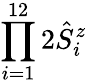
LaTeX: \prod_{i=1}^{12}2\hat{S}_{i}^{z}